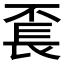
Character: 𨱥